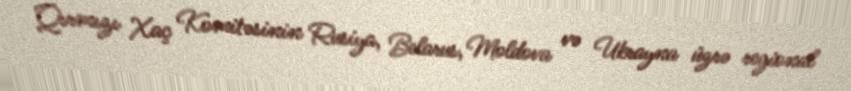
Qırmızı Xaç Komitəsinin Rusiya, Belarus, Moldova və Ukrayna üzrə regional